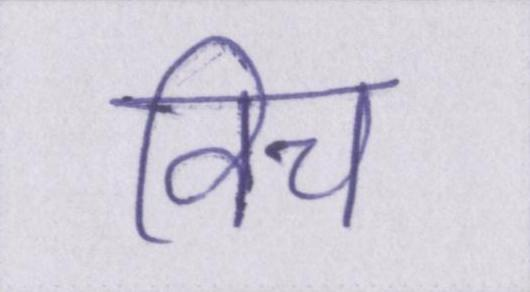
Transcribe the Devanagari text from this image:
विच